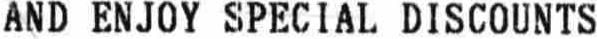
AND ENJOY SPECIAL DISCOUNTS